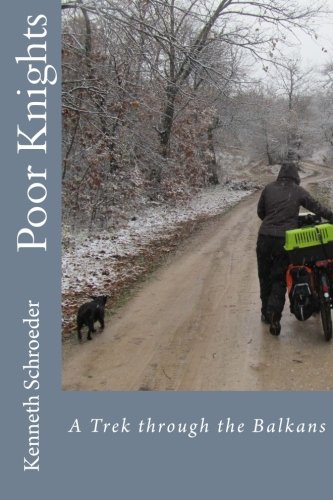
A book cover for Poor Knights: A Trek through the Balkans (Down to Egypt); Kenneth Schroeder; Travel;